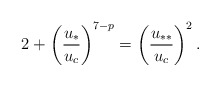
\begin{align*}2 +\left(\frac{u_*}{u_c}\right)^{7-p} =\left(\frac{u_{**}}{u_c}\right)^2.\end{align*}